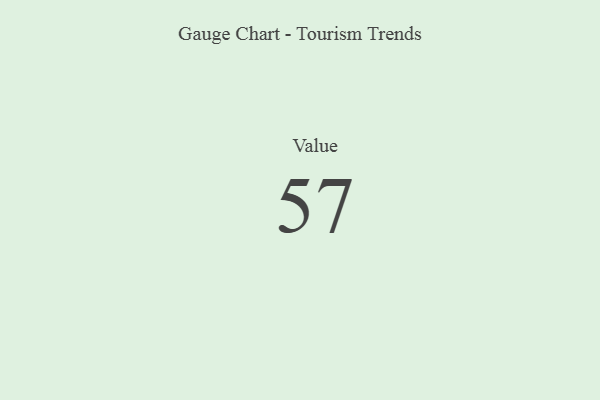
{"axis": {"x": "Metric", "y": "Value"}, "legend": [""], "data": [{"x": "Value", "y": 57, "type": ""}]}